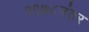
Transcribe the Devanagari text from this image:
१९७८नंतर